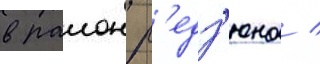
в раион р'едз'юна /